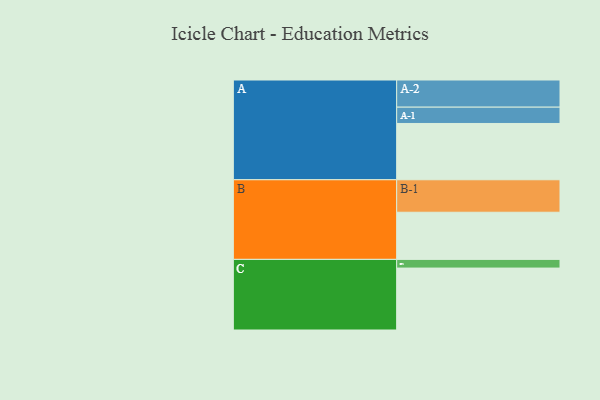
{"axis": {"x": "Segment", "y": "Value"}, "legend": ["", "A", "B", "C"], "data": [{"x": "A", "y": 369, "type": ""}, {"x": "B", "y": 309, "type": ""}, {"x": "C", "y": 406, "type": ""}, {"x": "A-1", "y": 107, "type": "A"}, {"x": "A-2", "y": 178, "type": "A"}, {"x": "B-1", "y": 213, "type": "B"}, {"x": "C-1", "y": 57, "type": "C"}]}